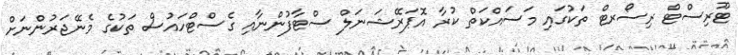
ޓޫރިސްޓް ރިސޯރޓް ތަކުގައި މަސައްކަތް ކުރާ އޮޕަރޭޝަނަލް ސްޓާފުންނާއި ގެސްޓްހައުސް ތަކުގެ މެނޭޖަރުންނަށް